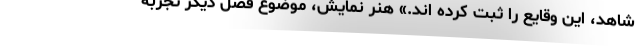
شاهد، این وقایع را ثبت کرده اند.» هنر نمایش، موضوع فصل دیگر تجربه